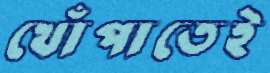
খোঁপাতেই